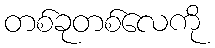
တစ်ခုတစ်လေကို